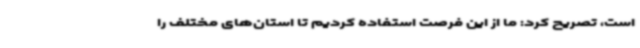
است، تصریح کرد: ما از این فرصت استفاده کردیم تا استان‌های مختلف را